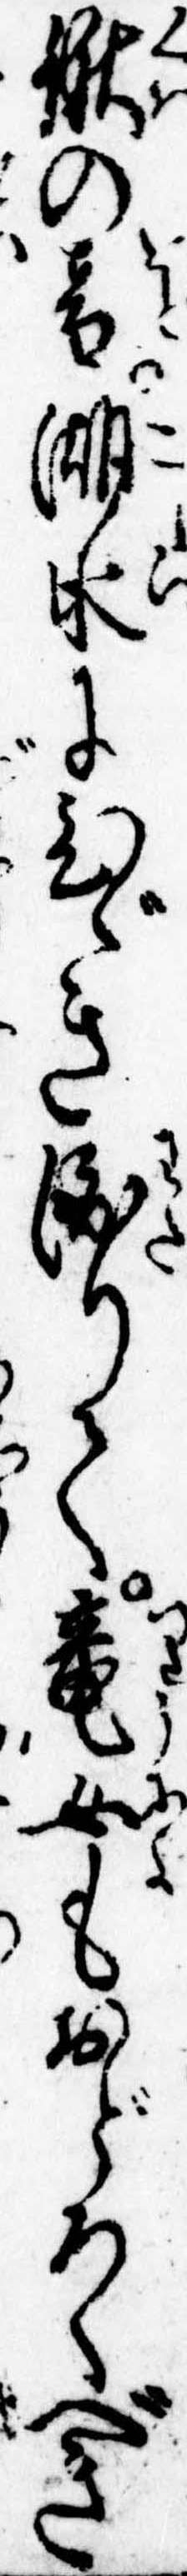
鍬の音湖水にひゞき渡りて竜女もおどろくべき